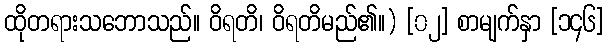
ထိုတရားသဘောသည်။ ဝိရတိ၊ ဝိရတိမည်၏။) [၀၂] စာမျက်နှာ [၁၄၆]